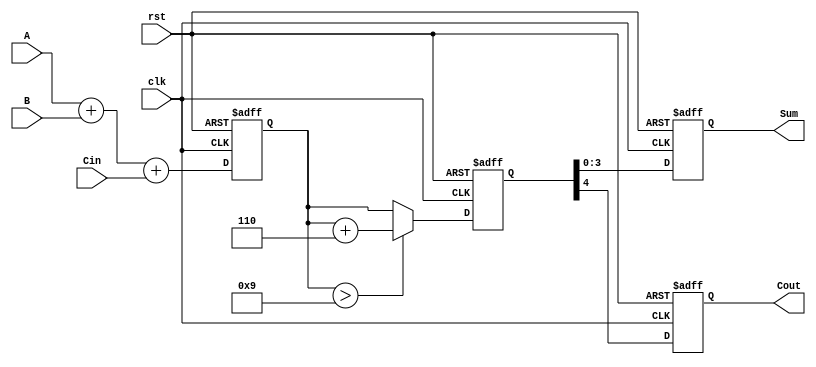
module bcd_pipelined_adder (
    input wire [3:0] A,
    input wire [3:0] B,
    input wire Cin,
    input wire clk,
    input wire rst,
    output reg [3:0] Sum,
    output reg Cout
);

    // Intermediate signals for pipelining stages
    reg [4:0] raw_sum;    // 5-bit to accommodate carry
    reg [4:0] corrected_sum; // 5 bits for corrected BCD sum

    // Stage 1: Binary addition
    always @(posedge clk or posedge rst) begin
        if (rst) begin
            raw_sum <= 5'b0;
        end else begin
            raw_sum <= A + B + Cin; // Add A, B, and carry-in
        end
    end

    // Stage 2: BCD correction logic
    always @(posedge clk or posedge rst) begin
        if (rst) begin
            corrected_sum <= 5'b0;
        end else begin
            // Check if the raw sum exceeds 9 or if there's a carry
            if (raw_sum > 9) begin
                corrected_sum <= raw_sum + 5'b0110; // Add 6 to correct BCD
            end else begin
                corrected_sum <= raw_sum; // No correction needed
            end
        end
    end

    // Stage 3: Register output
    always @(posedge clk or posedge rst) begin
        if (rst) begin
            Sum <= 4'b0;
            Cout <= 1'b0;
        end else begin
            Sum <= corrected_sum[3:0]; // Latch the 4-bit sum
            Cout <= corrected_sum[4];   // Latch the carry-out
        end
    end

endmodule